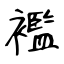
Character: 襤